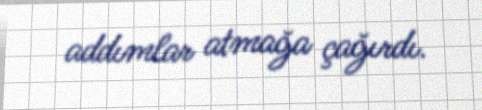
addımlar atmağa çağırdı.